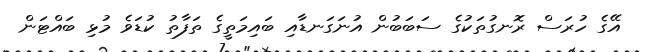
އޭގެ ހުރަސް ރޮނގުތަކުގެ ސަބަބުން އުނަގަނޑާއި ބައިމަތީގެ ތަފާތު ކުޑަވެ މުޅި ބައްޓަން